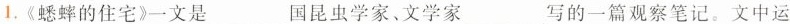
1.《蟋蟀的住宅》一文是___国昆虫学家、文学家___写的一篇观察笔记。文中运